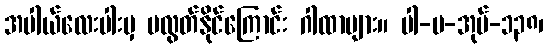
အပါယ်လေးပါးမှ မလွတ်နိုင်ကြောင်း ဂါထာများ။ ပါ-ပ-အုပ်-၁၃၈၊